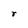
Character: r